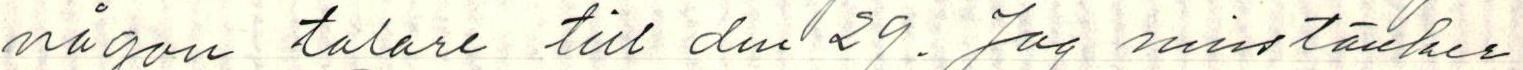
någon talare till den 29. Jag misstänker